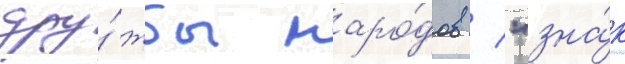
дру́жбы наро́дов / "зна́к